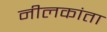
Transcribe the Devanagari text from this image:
नीलकांता